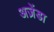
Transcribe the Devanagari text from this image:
अज़ेंडा